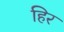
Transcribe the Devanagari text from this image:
हिर